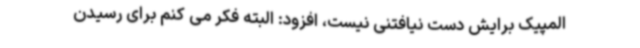
المپیک برایش دست نیافتنی نیست، افزود: البته فکر می کنم برای رسیدن